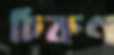
চিকণ